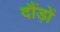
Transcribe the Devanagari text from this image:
दौंड़ों